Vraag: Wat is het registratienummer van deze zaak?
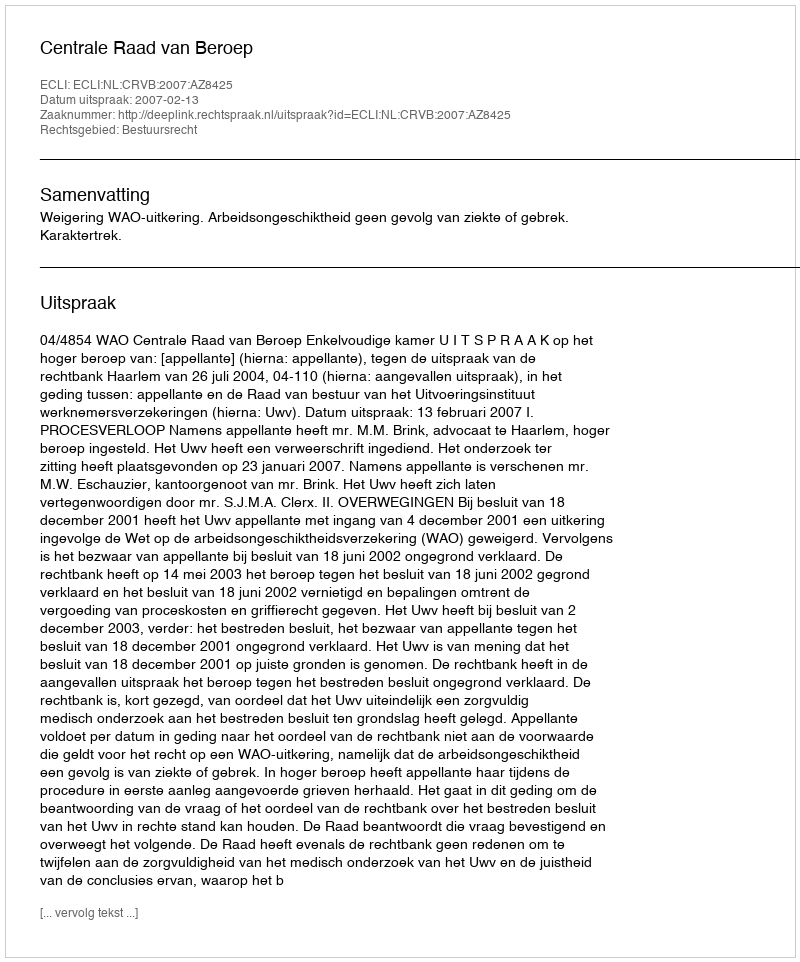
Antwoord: http://deeplink.rechtspraak.nl/uitspraak?id=ECLI:NL:CRVB:2007:AZ8425